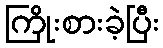
ကြိုးစားခဲ့ပြီး